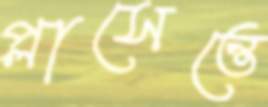
প্লাসেন্তে